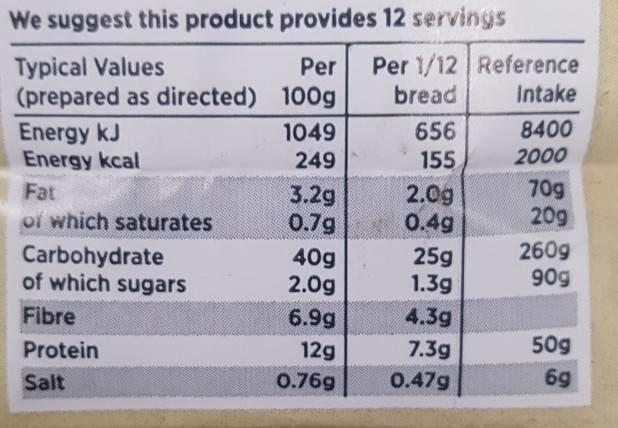
We suggest this product provides 12 servings
Typical Values (prepared as directed) 100g
Per 1/12 Reference bread
Per
Intake
Energy kJ Energy kcal
1049
656
8400
249
155
2000
70g 20g
Fat
3.2g 0.7g
2.0g 0.4g
of which saturates
Carbohydrate of which sugars
40g 2.0g
25g 1.3g
260g 90g
Fibre
6.9g
4.3g
Protein
12g
7.39
50g
Salt
0.76g
0.47g
6g